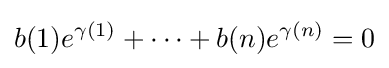
b(1)e^{\gamma (1)}+\cdots +b(n)e^{\gamma (n)}=0